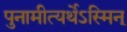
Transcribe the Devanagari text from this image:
पुनामीत्यर्थेऽस्मिन्